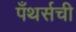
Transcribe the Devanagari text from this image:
पँथर्सची